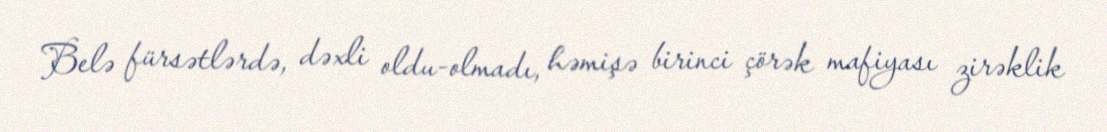
Belə fürsətlərdə, dəxli oldu-olmadı, həmişə birinci çörək mafiyası zirəklik